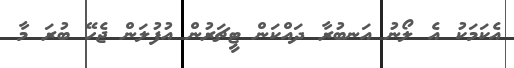
އެކަމަކު އެ ލޯނު އަނބުރާ ދައްކަން ޓީޗަރުން އުފުލަން ޖެހޭ ބުރަ މާ